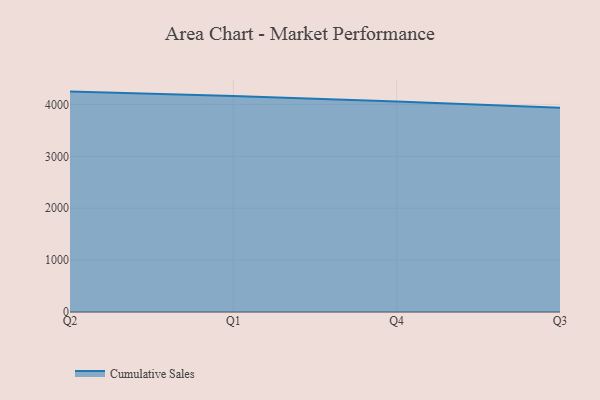
{"axis": {"x": "Quarter", "y": "Gross Profit (USD K)"}, "legend": ["Cumulative Sales"], "data": [{"x": "Q2", "y": 4246.7, "type": "Cumulative Sales"}, {"x": "Q1", "y": 4163.9, "type": "Cumulative Sales"}, {"x": "Q4", "y": 4057.5, "type": "Cumulative Sales"}, {"x": "Q3", "y": 3937.4, "type": "Cumulative Sales"}]}